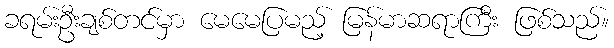
ခရမ်းဦးချစ်တင်မှာ မေမေပြမည့် မြန်မာဆရာကြီး ဖြစ်သည်။